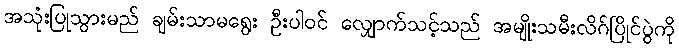
အသုံးပြုသွားမည် ချမ်းသာမရွေး ဦးပါဝင် လျှောက်သင့်သည် အမျိုးသမီးလိဂ်ပြိုင်ပွဲကို